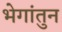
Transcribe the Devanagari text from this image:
भेगांतुन